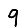
Digit: 9